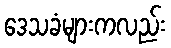
ဒေသခံများကလည်း